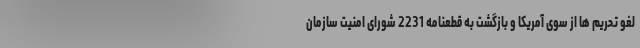
لغو تحریم ها از سوی آمریکا و بازگشت به قطعنامه 2231 شورای امنیت سازمان